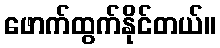
ဖောက်ထွက်နိုင်တယ်။